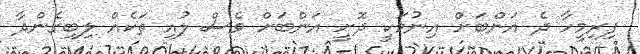
ފިރިމީހާ ދެ އަންބަށް އިނުމަކީ ދޮށީ އަންބަށް ވެސް ލުއި ތަކެއް ލިބިގެންދާ